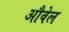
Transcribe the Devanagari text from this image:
औवेल